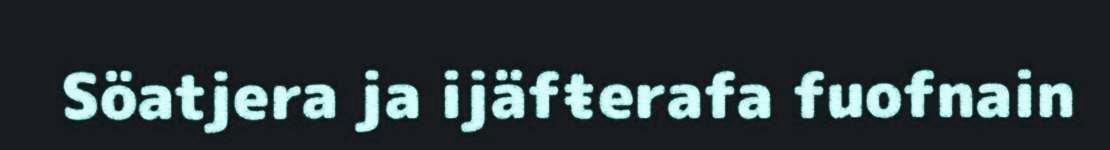
Söatjera ja ijäfŧerafa fuofnain